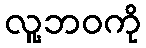
လူ့ဘဝကို